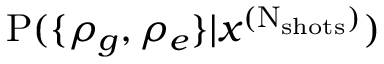
\mathrm P ( \{ \rho _ { g } , \rho _ { e } \} | x ^ { ( \mathrm N _ { \mathrm { s h o t s } } ) } )